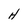
Character: H